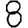
Digit: 8